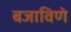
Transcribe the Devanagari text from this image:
बजाविणे